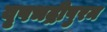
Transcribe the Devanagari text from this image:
वृषभद्रीपुरम